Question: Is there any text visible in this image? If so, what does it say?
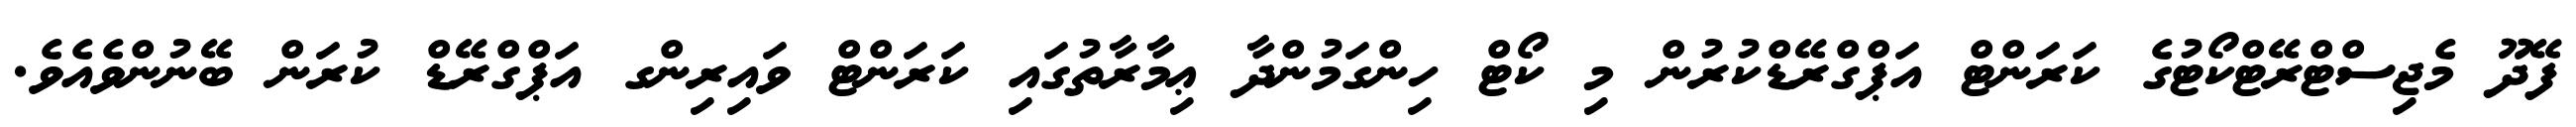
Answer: ފޭދޫ މެޖިސްޓްރޭޓްކޯޓުގެ ކަރަންޓް އަޕްގްރޭޑްކުރުން މި ކޯޓް ހިންގަމުންދާ ޢިމާރާތުގައި ކަރަންޓް ވައިރިންގ އަޕްގްރޭޑް ކުރަން ބޭނުންވެއެވެ.